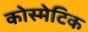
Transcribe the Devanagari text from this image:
कोस्मेटिक